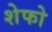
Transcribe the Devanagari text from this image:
शेफो